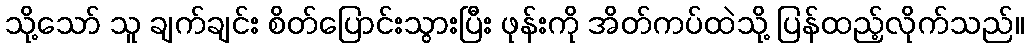
သို့သော် သူ ချက်ချင်း စိတ်ပြောင်းသွားပြီး ဖုန်းကို အိတ်ကပ်ထဲသို့ ပြန်ထည့်လိုက်သည်။